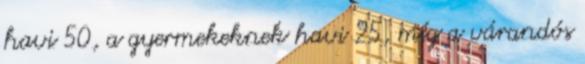
havi 50, a gyermekeknek havi 25, míg a várandós